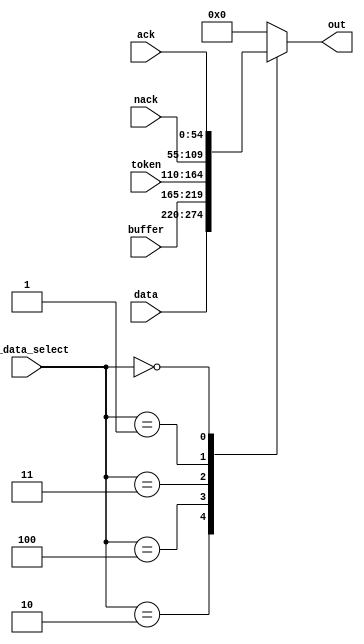
module master_mux(input [54:0] token, nack, ack, buffer, data,input [2:0] TX_data_select, output reg [54:0] out);

always@(*) begin 
	case(TX_data_select)

	3'd2: out = data;

	3'd4: out = buffer;

	3'd3: out = token;

	3'd1: out = nack;

	3'd0: out = ack;

	default: out = 55'b0;

	endcase
end

endmodule